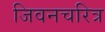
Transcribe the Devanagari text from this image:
जिवनचरित्र